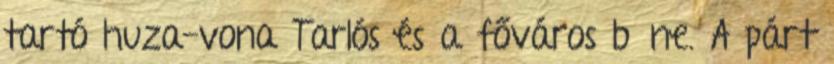
tartó huza-vona Tarlós és a főváros bűne. A párt